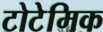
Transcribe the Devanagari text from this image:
टोटेमिक